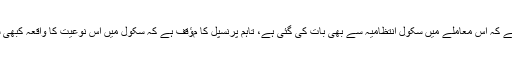
پولیس کا کہنا ہے کہ اس معاملے میں سکول انتظامیہ سے بھی بات کی گئی ہے، تاہم پرنسپل کا مﺅقف ہے کہ سکول میں اس نوعیت کا واقعہ کبھی سامنے نہیں آیا۔